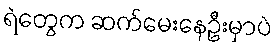
ရဲတွေက ဆက်မေးနေဦးမှာပဲ